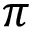
\pi